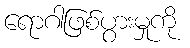
ရောဂါဖြစ်ပွားမှုကို